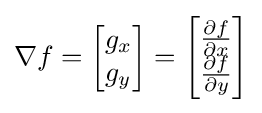
\nabla f={\begin{bmatrix}g_{x}\\g_{y}\end{bmatrix}}={\begin{bmatrix}{\frac {\partial f}{\partial x}}\\{\frac {\partial f}{\partial y}}\end{bmatrix}}